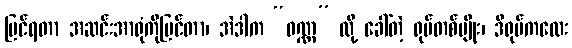
မြင်ရတာ အဆင်းအာရုံကိုမြင်တာ၊ အဲဒါက “ဝဏ္ဏ” လို့ ခေါ်တဲ့ ရုပ်တစ်မျိုး၊ ဒီရုပ်ကလေး